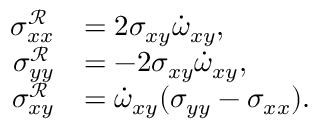
\begin{array} { r l } { \sigma _ { x x } ^ { \mathcal { R } } } & { = 2 \sigma _ { x y } \dot { \omega } _ { x y } , } \\ { \sigma _ { y y } ^ { \mathcal { R } } } & { = - 2 \sigma _ { x y } \dot { \omega } _ { x y } , } \\ { \sigma _ { x y } ^ { \mathcal { R } } } & { = \dot { \omega } _ { x y } ( \sigma _ { y y } - \sigma _ { x x } ) . } \end{array}